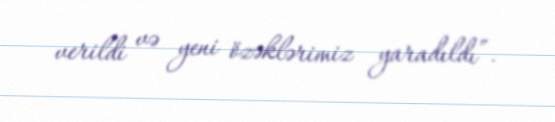
verildi və yeni özəklərimiz yaradıldı”.